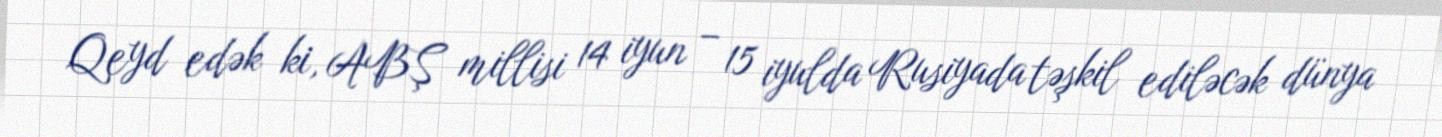
Qeyd edək ki, ABŞ millisi 14 iyun – 15 iyulda Rusiyada təşkil ediləcək dünya